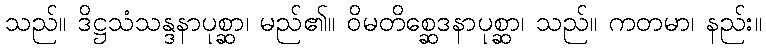
သည်။ ဒိဋ္ဌသံသန္ဒနာပုစ္ဆာ၊ မည်၏။ ဝိမတိစ္ဆေဒနာပုစ္ဆာ၊ သည်။ ကတမာ၊ နည်း။